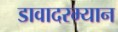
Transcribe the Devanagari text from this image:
डावादरम्यान